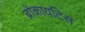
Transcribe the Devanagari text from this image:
ब्रोंकायटिस